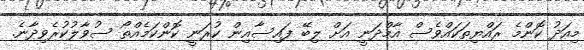
މިއަދު ކޮންމެ ރައްޔިތަކައްވެސް އާމްދަނީ އަށް ލިބޭ ފައިސާއިން ކުރަނީ ކޮންކަމެއްތޯ ސުވާލުކުރެވިދާނެ.